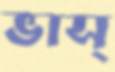
ভাস্‌